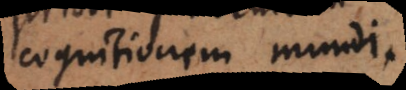
cognitionem mundi.